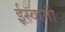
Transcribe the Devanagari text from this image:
ईस्वामी